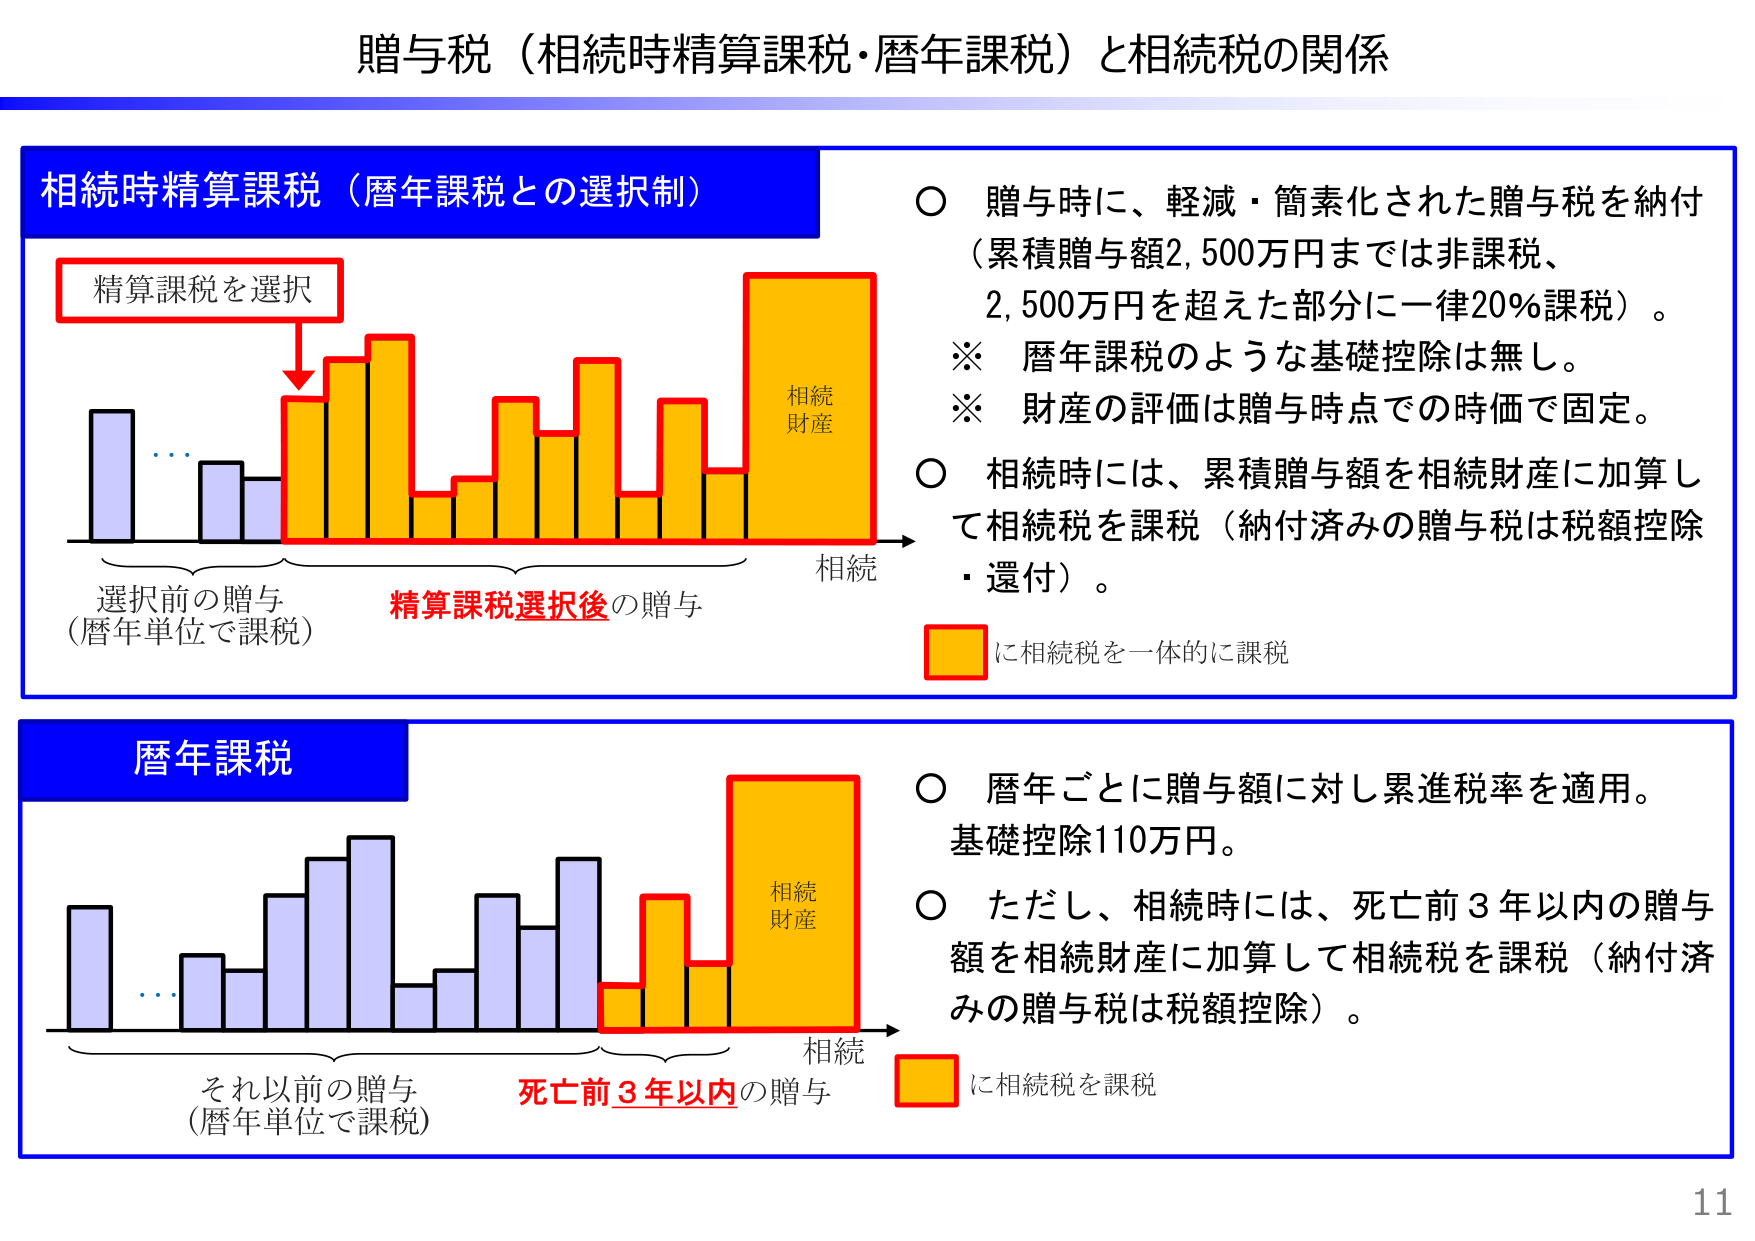
贈与税（相続時精算課税・暦年課税）と相続税の関係

相続時精算課税（暦年課税との選択制）

精算課税を選択

選択前の贈与
（暦年単位で課税）

精算課税選択後の贈与

相続

相続財産

○ 贈与時に、軽減・簡素化された贈与税を納付
（累積贈与額2,500万円までは非課税、
2,500万円を超えた部分に一律20％課税）。
※ 暦年課税のような基礎控除は無し。
※ 財産の評価は贈与時点での時価で固定。
○ 相続時には、累積贈与額を相続財産に加算し
て相続税を課税（納付済みの贈与税は税額控除
・還付）。
■ に相続税を一体的に課税

暦年課税

それ以前の贈与
（暦年単位で課税）

死亡前3年以内の贈与

相続

相続財産

○ 暦年ごとに贈与額に対し累進税率を適用。
基礎控除110万円。
○ ただし、相続時には、死亡前3年以内の贈与
額を相続財産に加算して相続税を課税（納付済
みの贈与税は税額控除）。
■ に相続税を課税

11